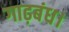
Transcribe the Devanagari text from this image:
गाढ़बंध।